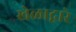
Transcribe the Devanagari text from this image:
खेळाद्वारे